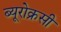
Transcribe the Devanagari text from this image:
ब्यूरोक्रसी